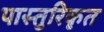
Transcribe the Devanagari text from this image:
पास्तुरिकृत